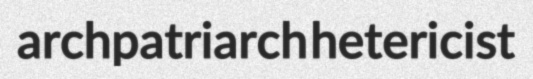
archpatriarch hetericist